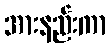
အားနည်းကာ